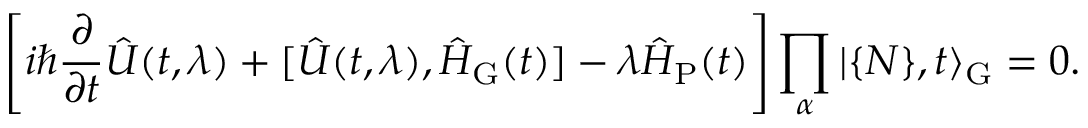
\Biggl [ i \hbar \frac { \partial } { \partial t } \hat { U } ( t , \lambda ) + [ \hat { U } ( t , \lambda ) , \hat { H } _ { \mathrm { G } } ( t ) ] - \lambda \hat { H } _ { \mathrm { P } } ( t ) \Biggr ] \prod _ { \alpha } \vert \{ { \cal N } \} , t \rangle _ { \mathrm { G } } = 0 .